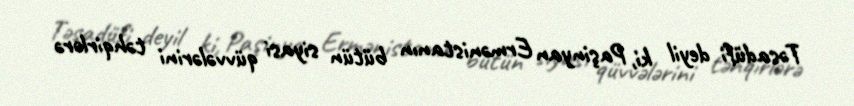
Təsadüfi deyil ki, Paşinyan Ermənistanın bütün siyasi qüvvələrini təhqirlərə